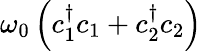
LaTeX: \omega_{0}\left(c_{1}^{\dagger}c_{1}+c_{2}^{\dagger}c_{2}\right)